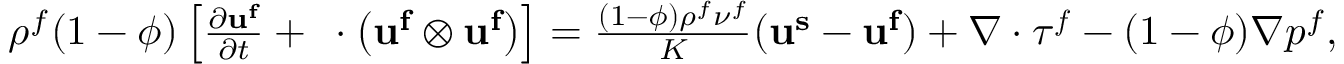
\begin{array} { r } { \rho ^ { f } ( 1 - \phi ) \left[ \frac { \partial \mathbf { u ^ { f } } } { \partial t } + \mathbf { \nabla } \cdot \left( \mathbf { u ^ { f } } \otimes \mathbf { u ^ { f } } \right) \right] = \frac { ( 1 - \phi ) \rho ^ { f } \nu ^ { f } } { K } ( \mathbf { u ^ { s } } - \mathbf { u ^ { f } } ) + \nabla \cdot \boldsymbol { \tau ^ { f } } - ( 1 - \phi ) \nabla p ^ { f } , } \end{array}